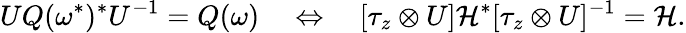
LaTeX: UQ(\omega^{*})^{*}U^{-1}=Q(\omega)\quad\Leftrightarrow\quad[\tau_{z}\otimes U]\mathcal{H}^{*}[\tau_{z}\otimes U]^{-1}=\mathcal{H}.